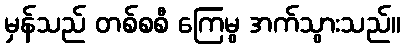
မှန်သည် တစ်စစီ ကြေမွ အက်သွားသည်။